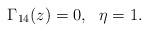
LaTeX: \begin{align*}\Gamma_{14}(z)=0, \ \ \eta=1. \end{align*}